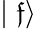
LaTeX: \mid\mathfrak{f}\rangle